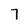
Character: 7